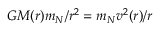
G M ( r ) m _ { N } / r ^ { 2 } = m _ { N } v ^ { 2 } ( r ) / r